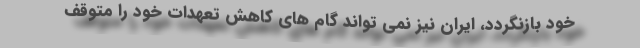
خود بازنگردد، ایران نیز نمی تواند گام های کاهش تعهدات خود را متوقف